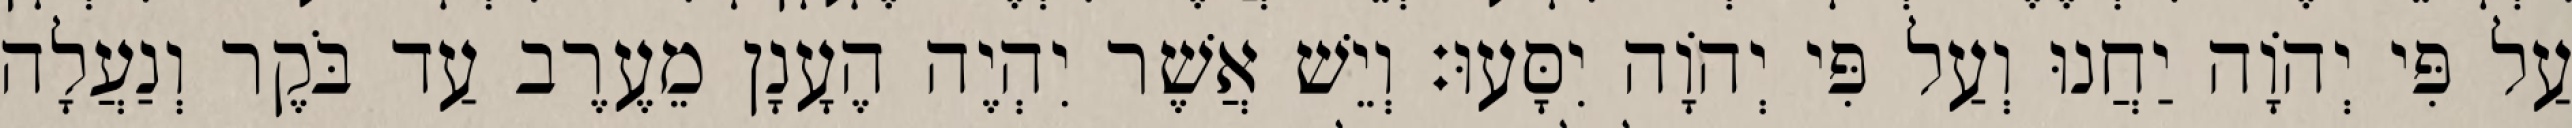
עַל פִּי יְהוָֹה יַחֲנוּ וְעַל פִּי יְהוָֹה יִסָּעוּ׃ וְיֵשׁ אֲשֶׁר יִהְיֶה הֶעָנָן מֵעֶרֶב עַד בֹּקֶר וְנַעֲלָה